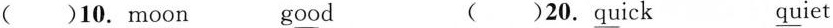
()10.m\underline{oo}n g\underline{oo}d ()20.\underline{qu}ick \underline{qu}iet